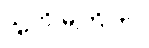
သူ့ကို မကြိုက်။